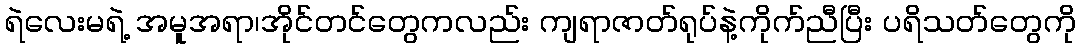
ရဲလေးမရဲ့ အမူအရာ၊အိုင်တင်တွေကလည်း ကျရာဇာတ်ရုပ်နဲ့ကိုက်ညီပြီး ပရိသတ်တွေကို